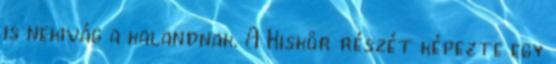
is nekivág a kalandnak. A Kiskör részét képezte egy